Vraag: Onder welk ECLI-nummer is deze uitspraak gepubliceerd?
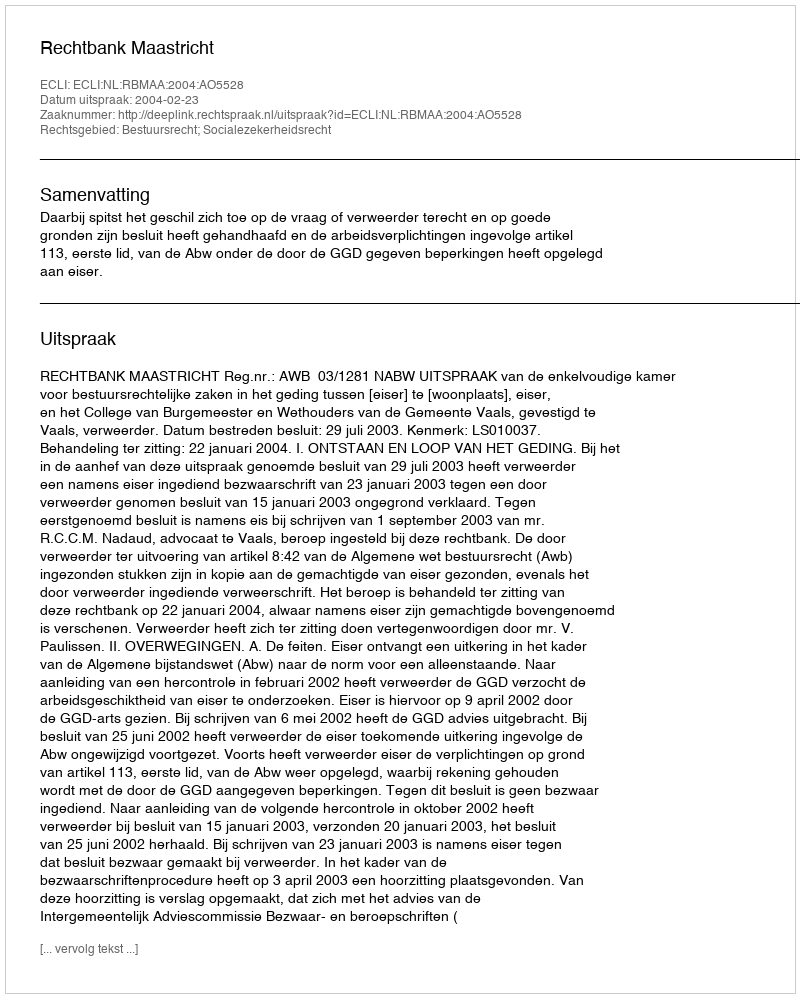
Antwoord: ECLI:NL:RBMAA:2004:AO5528